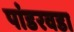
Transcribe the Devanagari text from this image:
पांडरवडा